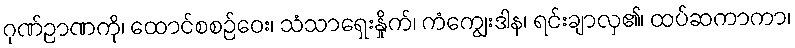
ဂုဏ်ဉာဏကို၊ ထောင်စစဉ်ဝေး၊ သံသာရှေးနှိုက်၊ ကံကျွေးဒါန၊ ရင်းချာလှ၏၊ ထပ်ဆကာကာ၊